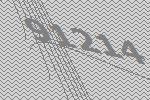
91214